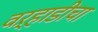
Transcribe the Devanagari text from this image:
वऱ्हाडीचा